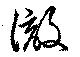
澈